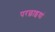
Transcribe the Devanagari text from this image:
परछाइयां